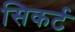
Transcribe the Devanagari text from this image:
सिकर्ट